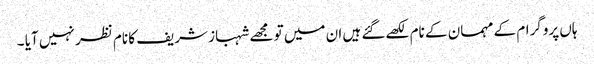
ہاں پروگرام کے مہمان کے نام لکھےگئے ہیں ان میں تو مجھے شہباز شریف کا نام نظر نہیں آیا ۔